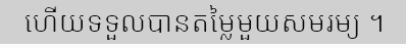
ហើយទទួលបានតម្លៃមួយសមរម្យ ។